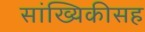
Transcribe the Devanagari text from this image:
सांख्यिकीसह